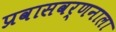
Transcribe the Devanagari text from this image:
प्रवासवर्णनाला